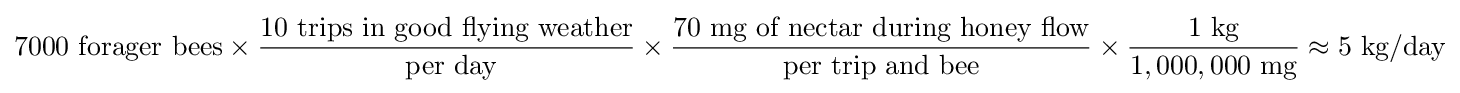
7000{\text{ forager bees}}\times {\frac {10{\text{ trips in good flying weather}}}{\text{ per day}}}\times {\frac {70{\text{ mg of nectar during honey flow}}}{\text{per trip and bee}}}\times {\frac {1{\text{ kg}}}{1,000,000{\text{ mg}}}}\approx 5{\text{ kg/day}}